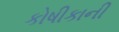
કોષીકાની